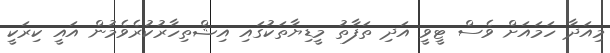
މިއަދާ ހަމައަށް ވެސް ޓީވީ އަދި ތަފާތު މީޑިޔާތަކުގައި އިޝްތިހާރުކުރެވެމުން އައީ ކިރަކީ